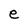
Character: e